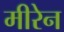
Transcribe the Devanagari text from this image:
मीरेन